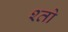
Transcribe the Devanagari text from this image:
श्तो